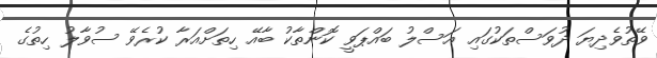
ވޭތުވެދިޔަ ދުވަސްތަކުގައި އަސްލު ބައްޕަވީ ކޮންތާކު ބާއޭ ހިތަށްއަރާ ކުރެވޭ ސުވާލު ހިތުގެ